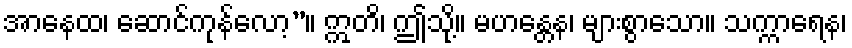
အာနေထ၊ ဆောင်ကုန်လော့”။ ဣတိ၊ ဤသို့။ မဟန္တေန၊ များစွာသော။ သက္ကာရေန၊